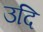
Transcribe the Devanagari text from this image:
उदि